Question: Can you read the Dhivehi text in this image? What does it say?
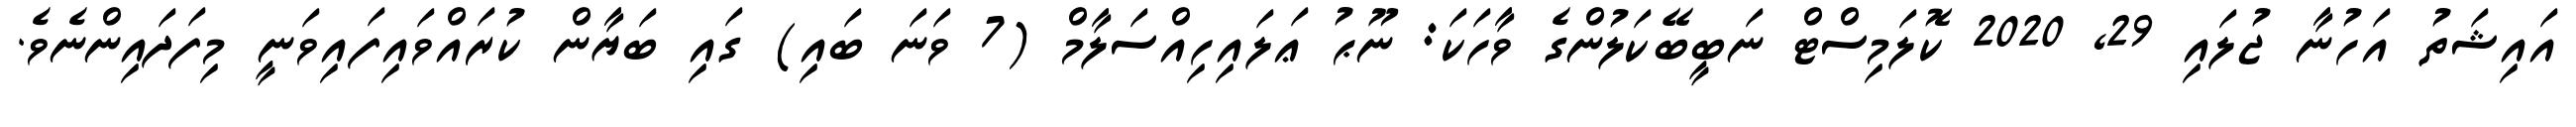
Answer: އައިޝަތު އަހުނާ ޖުލައި 29, 2020 ކޮލަމިސްޓް ނަބީބޭކަލުންގެ ވާހަކަ: ނޫޙު ޢަލައިހިއްސަލާމް (7 ވަނަ ބައި) ގައި ބަޔާން ކުރައްވައިފައިވަނީ މިފަދައިންނެވެ.